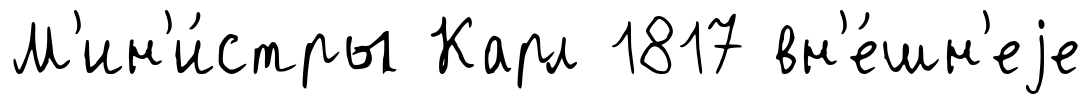
М'ин'и́стры Карл 1817 вн'е́шн'еjе